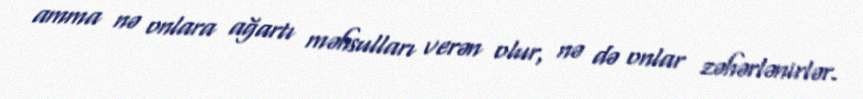
amma nə onlara ağartı məhsulları verən olur, nə də onlar zəhərlənirlər.